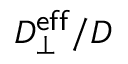
D _ { \perp } ^ { \mathsf { e f f } } / D